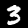
Label: 3